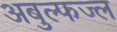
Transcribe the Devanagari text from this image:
अबुल्फज्ल